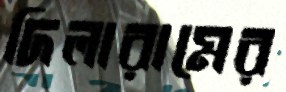
দিলারামের